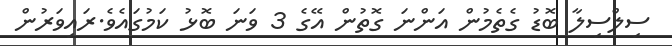
ސިލްސިލާ ބޮޑު ގެތެމުން އަންނަ ގޮތުން އޭގެ 3 ވަނަ ބޮޅު ކަމުގައެވެ.ރައިވަރުން